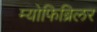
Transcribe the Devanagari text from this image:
म्योफिब्रिलर